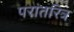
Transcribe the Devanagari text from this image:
परांतरित्र